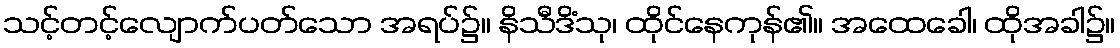
သင့်တင့်လျောက်ပတ်သော အရပ်၌။ နိသီဒိံသု၊ ထိုင်နေကုန်၏။ အထေခေါ၊ ထိုအခါ၌။